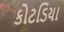
કોટડિયા